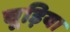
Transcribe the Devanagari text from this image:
चूड़िया